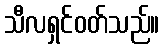
သီလရှင်ဝတ်သည်။